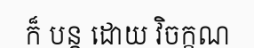
ក៏ បន្ត ដោយ វិចក្ខណ